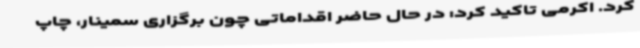
کرد. اکرمی تاکید کرد: در حال حاضر اقداماتی چون برگزاری سمینار، چاپ